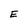
Character: E